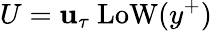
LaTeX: U=\mathbf{u}_{\tau}~\mathrm{{LoW}}(y^{+})